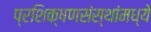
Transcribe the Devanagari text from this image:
प्रशिक्षणसंस्थांमध्ये